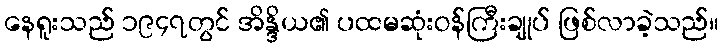
နေရူးသည် ၁၉၄၇တွင် အိန္ဒိယ၏ ပထမဆုံးဝန်ကြီးချုပ် ဖြစ်လာခဲ့သည်။